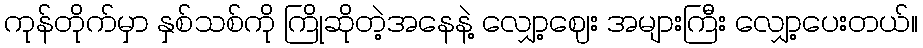
ကုန်တိုက်မှာ နှစ်သစ်ကို ကြိုဆိုတဲ့အနေနဲ့ လျှော့ဈေး အများကြီး လျှော့ပေးတယ်။